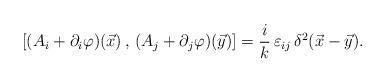
LaTeX: \begin{align*}[(A_{i}+\partial_i \varphi)(\vec x)\, ,\, (A_{j}+\partial_j \varphi)(\vec y)]= \frac ik \,\varepsilon_{ij}\,\delta^{2}(\vec x - \vec y).\end{align*}